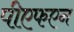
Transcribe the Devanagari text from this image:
पीएफएन